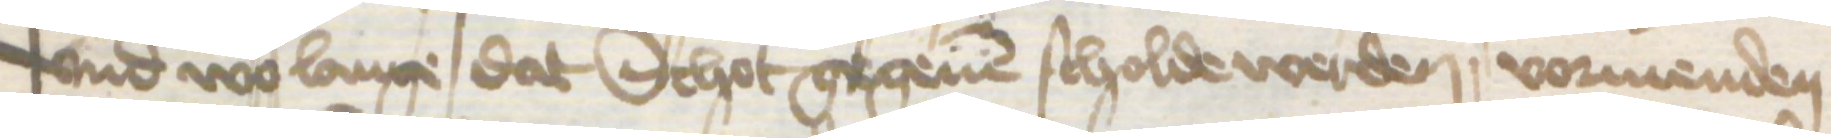
vnd wo lange dat Schot gegeuen scholde werden vormenden